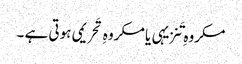
مکروہِ تَنزیہی یا مکروہِ تَحریمی ہوتی ہے ۔